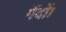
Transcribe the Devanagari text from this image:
गेंदों।